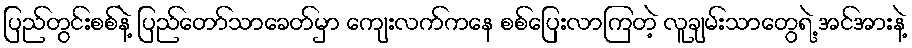
ပြည်တွင်းစစ်နဲ့ ပြည်တော်သာခေတ်မှာ ကျေးလက်ကနေ စစ်ပြေးလာကြတဲ့ လူချမ်းသာတွေရဲ့ အင်အားနဲ့